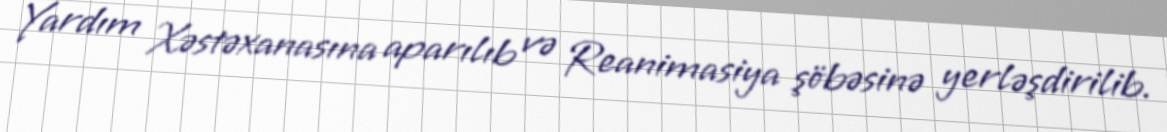
Yardım Xəstəxanasına aparılıb və Reanimasiya şöbəsinə yerləşdirilib.